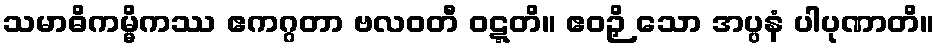
သမာဓိကမ္မိကဿ ဧကဂ္ဂတာ ဗလဝတီ ဝဋ္ဋတိ။ ဧဝဉှိ သော အပ္ပနံ ပါပုဏာတိ။